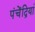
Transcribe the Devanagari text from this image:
पंचेंद्रियां